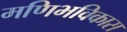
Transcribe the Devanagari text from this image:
मणिभविकास